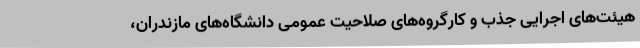
هیئت‌های اجرایی جذب و کارگروه‌های صلاحیت عمومی دانشگاه‌های مازندران،